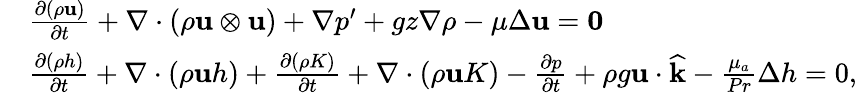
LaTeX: \begin{array}{rl}&{\frac{\partial(\rho\mathbf u)}{\partial t}+\nabla\cdot(\rho\mathbf u\otimes\mathbf u)+\nabla p^{\prime}+gz\nabla\rho-\mu\Delta\mathbf u=\boldsymbol{0}}\\ &{\frac{\partial(\rho h)}{\partial t}+\nabla\cdot(\rho\mathbf uh)+\frac{\partial(\rho K)}{\partial t}+\nabla\cdot(\rho\mathbf uK)-\frac{\partial p}{\partial t}+\rho g\mathbf u\cdot\widehat{\mathbf k}-\frac{\mu_{a}}{Pr}\Delta h=0,}\end{array}